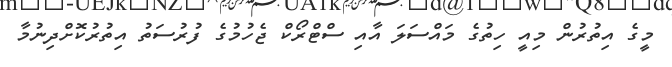
މީގެ އިތުރުން މިއީ ހިތުގެ މައްސަލަ އާއި ސްޓްރޯކް ޖެހުމުގެ ފުރުސަތު އިތުރުކޮށްދިނުމާ